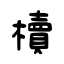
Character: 櫝